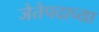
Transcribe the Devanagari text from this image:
जेतेपदाच्या